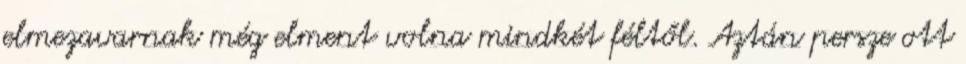
elmezavarnak még elment volna mindkét féltől. Aztán persze ott